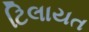
ટિલાયત